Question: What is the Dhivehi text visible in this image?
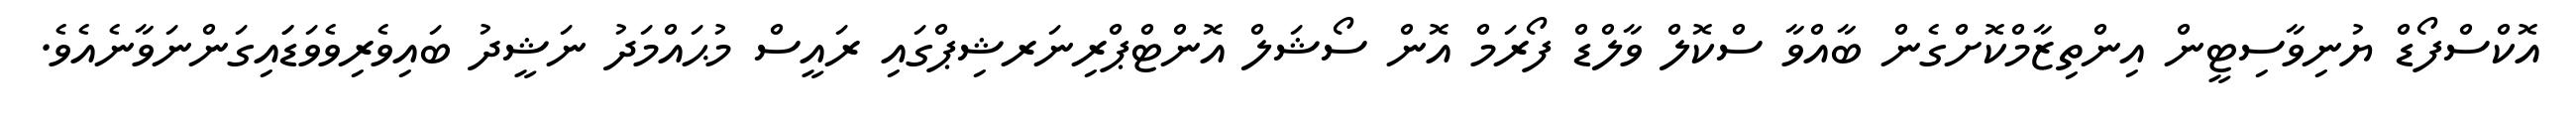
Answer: އޮކްސްފޯޑް ޔުނިވާސިޓީން އިންތިޒާމްކޮށްގެން ބާއްވާ ސްކޮލް ވާލްޑް ފޯރަމް އޮން ސޯޝަލް އޮންޓްޕްރިނަރޝިޕްގައި ރައީސް މުޙައްމަދު ނަޝީދު ބައިވެރިވެވަޑަައިގަންނަވާނެއެވެ.